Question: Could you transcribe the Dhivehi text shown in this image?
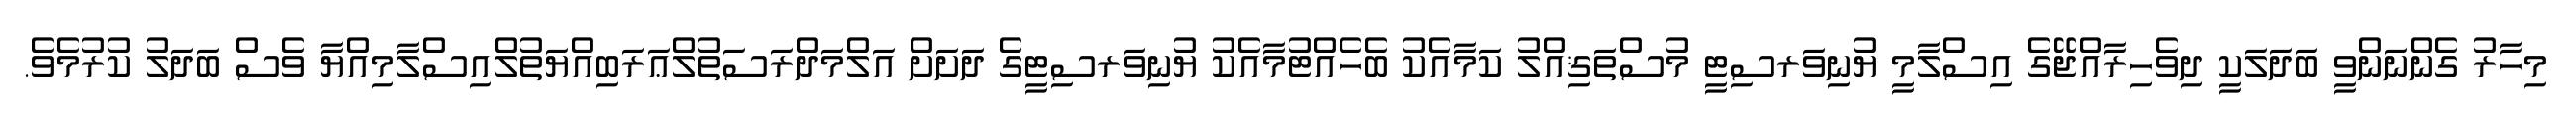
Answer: މިހާރު ގެންނަންވީ ބަދަލަކީ ދިވެހިރާއްޖޭގެ އިސްލާމީ ޔުނިވަރސިޓީ މުސްތަޤިއްލު ކަމާއެކު ބެހެއްޓުމާއެކު ޔުނިވަރސިޓީގެ ދަށަށް އަލްމަދްރަސަތުލްޢަރަބިއްޔަތުލްއިސްލާމިއްޔާ ވެސް ބަދަލު ކުރުމެވެ.